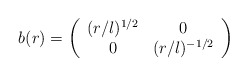
\begin{align*}b(r) = \left(\begin{array}{cc} (r/l)^{1/2} & 0 \\ 0 & (r/l)^{-1/2} \end{array} \right)\end{align*}